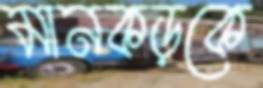
মানকড়কে